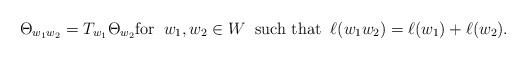
\begin{align*}\Theta_{w_1 w_2} = T_{w_1} \Theta_{w_2} \mbox{for} \; \; w_1, w_2 \in W \; \; \mbox{such that} \; \; \ell(w_1 w_2) =\ell(w_1) + \ell(w_2).\end{align*}